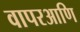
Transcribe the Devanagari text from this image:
वापरआणि